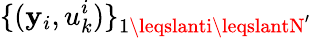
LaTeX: \{ (\mathbf{y}_{i},u_{k}^{i})\} _{1\leqslanti\leqslantN^{\prime}}